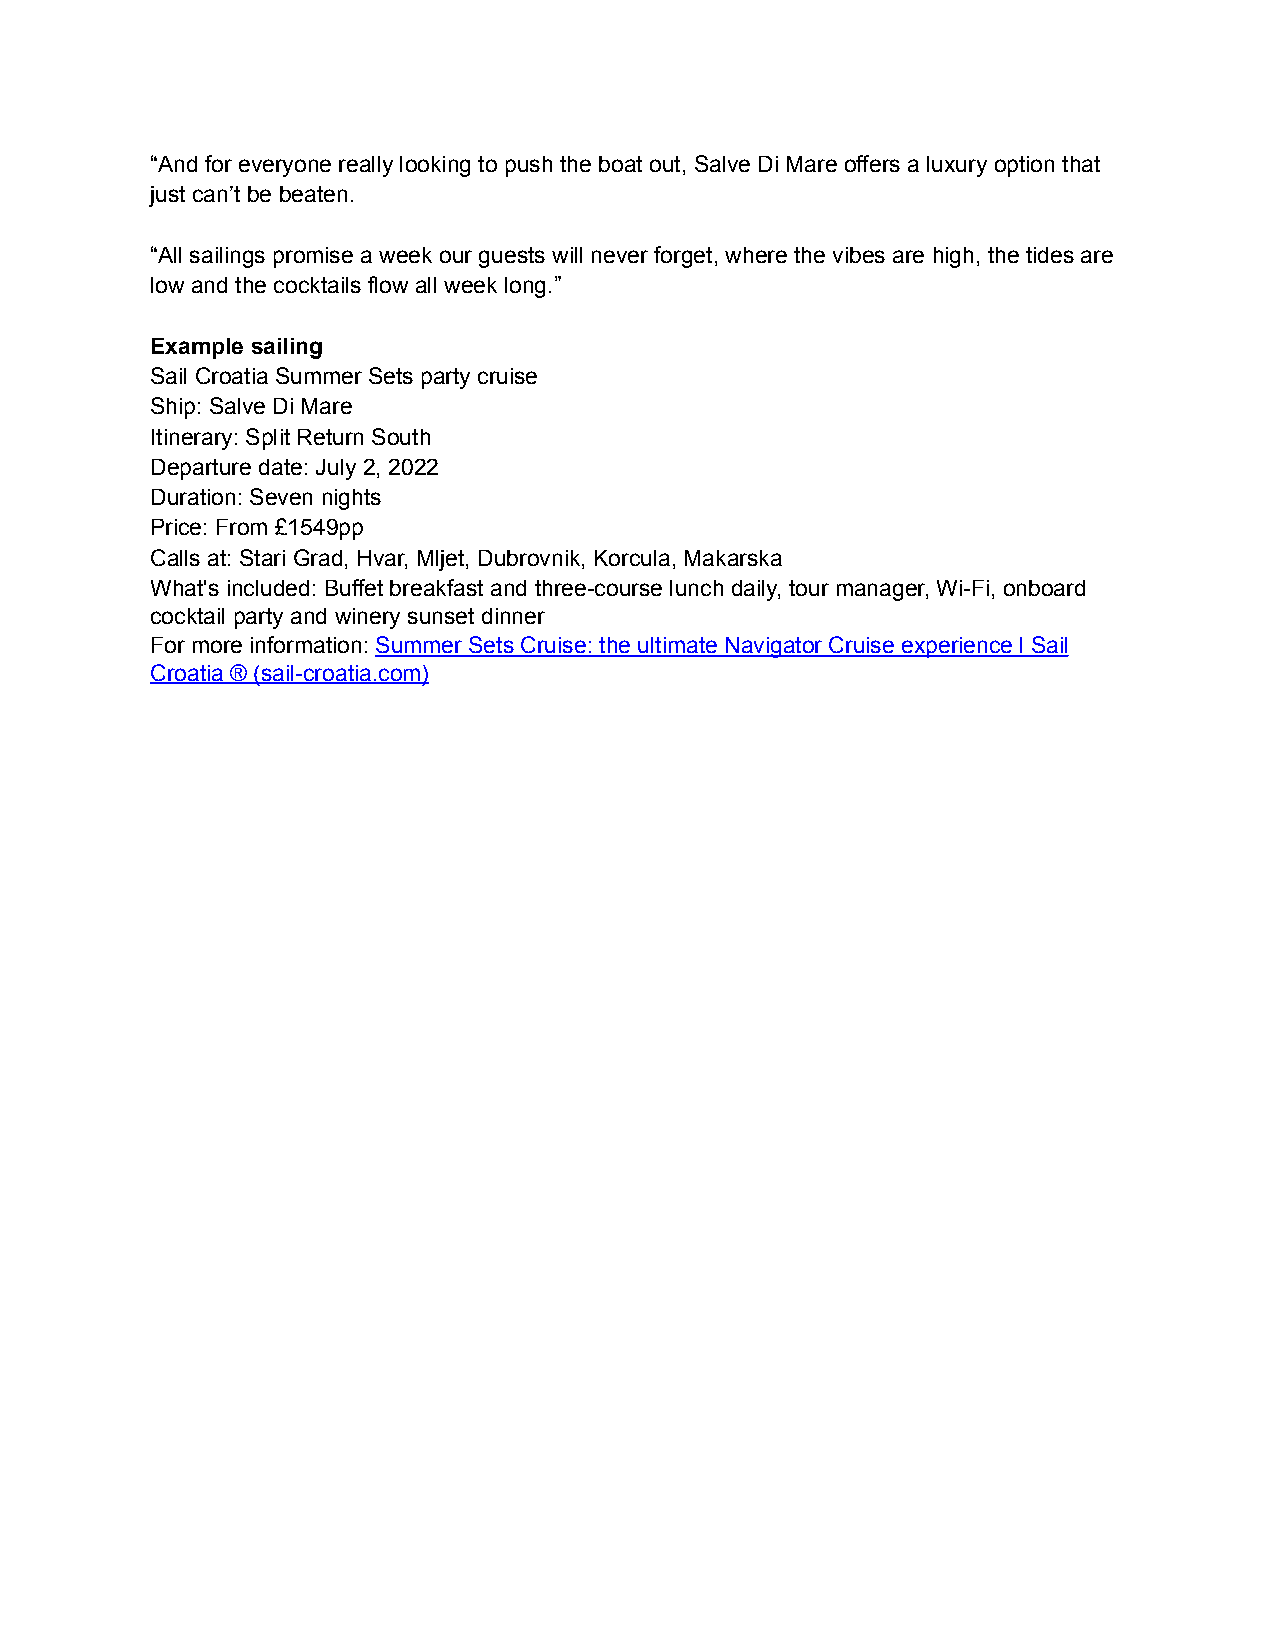
“And for everyone really looking to push the boat out, Salve Di Mare offers a luxury option that
 just can’t be beaten.
 “All sailings promise a week our guests will never forget, where the vibes are high, the tides are
 low and the cocktails flow all week long.”
 Example sailing
 Sail Croatia Summer Sets party cruise
 Ship: Salve Di Mare
 Itinerary: Split Return South
 Departure date: July 2, 2022
 Duration: Seven nights
 Price: From £1549pp
 Calls at: Stari Grad, Hvar, Mljet, Dubrovnik, Korcula, Makarska
 What's included: Buffet breakfast and three-course lunch daily, tour manager, Wi-Fi, onboard
 cocktail party and winery sunset dinner
 For more information: Summer Sets Cruise: the ultimate Navigator Cruise experience l Sail
 Croatia ® (sail-croatia.com)